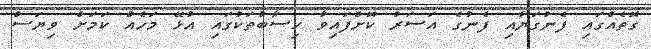
ގޮތެއްގައި ފެނުގަޔާއި ފެނުގެ އަސަރު ކޮށްފައިވާ ހިސާބުތަކުގައި އުޅޭ މަހެއް ކަމަށް ވިޔަސް